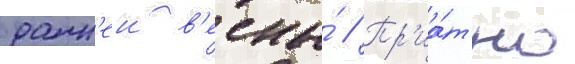
ранн'еи в'есны́ // Пр'иа́тно